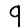
Digit: 9